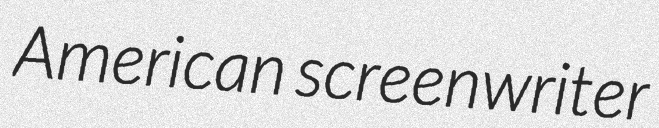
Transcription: American screenwriter